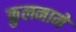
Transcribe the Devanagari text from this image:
कुलनामे